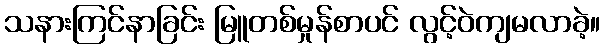
သနားကြင်နာခြင်း မြူတစ်မှုန်စာပင် လွင့်ဝဲကျမလာခဲ့။